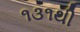
૧૩૧થી